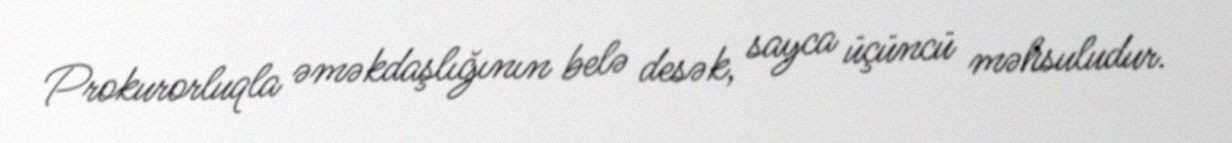
Prokurorluqla əməkdaşlığının belə desək, sayca üçüncü məhsuludur.